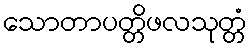
သောတာပတ္တိဖလသုတ္တံ